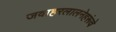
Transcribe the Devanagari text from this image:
जवाहरलालनेहरूंचे